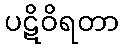
ပဋိဝိရတာ